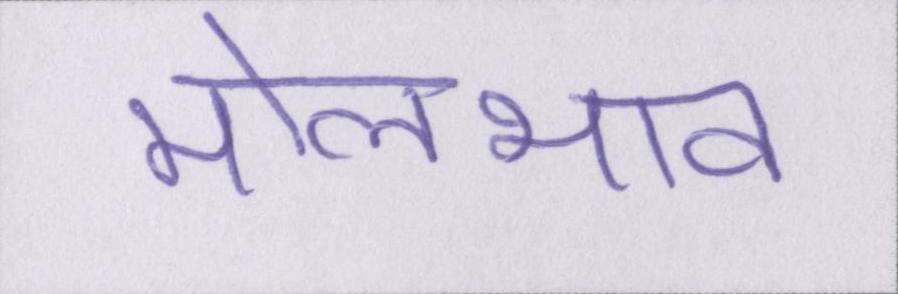
मोलभाव